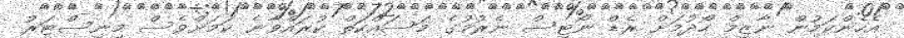
އެހެންކަމުން ނާޒިމް ހޯދުމަށް ރެޑް ނޯޓިސް ނެރުމުގެ މަސައްކަތް ކުރައްވާނެ ކަމަށްވެސް މިނިސްޓަރު